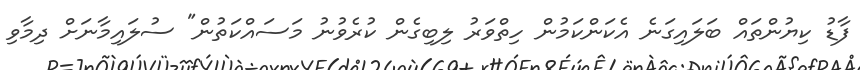
ފާޑު ކިޔުންތައް ބަލައިގަނެ އެކަންކަމުން ހިތްވަރު ލިބިގެން ކުރެވުނު މަސައްކަތުން" ސުލައިމާނަށް ދިމާވި